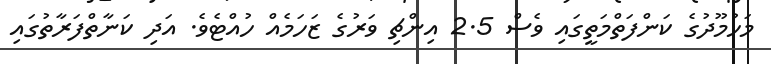
މަހުމޫދުގެ ކަންފަތްމަތީގައި ވެސް 2.5 އިންޗި ވަރުގެ ޒަހަމެއް ހުއްޓެވެ. އަދި ކަނާތްފަރާތުގައި